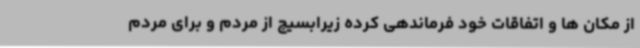
از مکان ها و اتفاقات خود فرماندهی کرده زیرابسیج از مردم و برای مردم